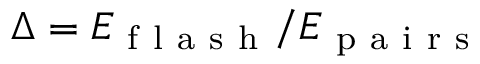
\Delta = E _ { \mathrm { ~ f ~ l ~ a ~ s ~ h ~ } } / E _ { \mathrm { ~ p ~ a ~ i ~ r ~ s ~ } }